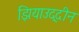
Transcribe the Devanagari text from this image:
झियाउद्दीन